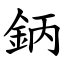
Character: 鈵